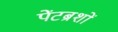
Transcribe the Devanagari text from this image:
पेंटब्रशों